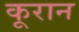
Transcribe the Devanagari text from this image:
कूरान